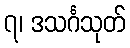
၇၊ ဒသင်္ဂသုတ်